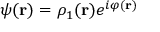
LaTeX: \psi ( \mathbf { r } ) = \rho _ { 1 } ( \mathbf { r } ) e ^ { i \varphi ( \mathbf { r } ) }